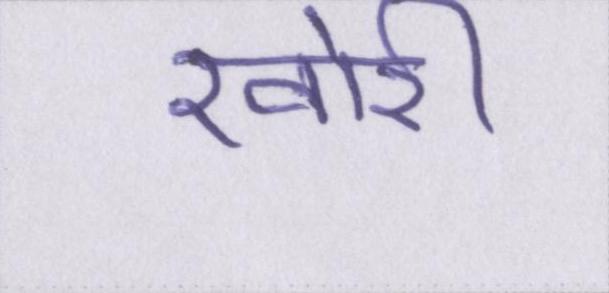
खोरी